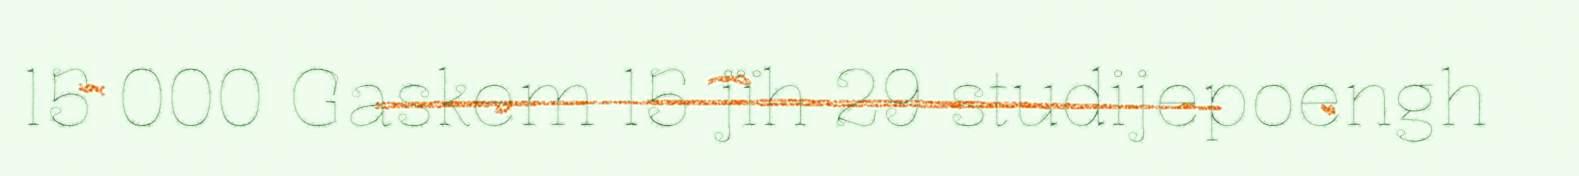
15 000 Gaskem 15 jïh 29 studijepoengh